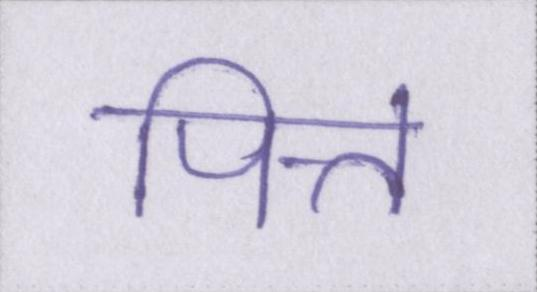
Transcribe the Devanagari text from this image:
पित्त